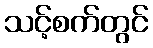
သင့်စက်တွင်